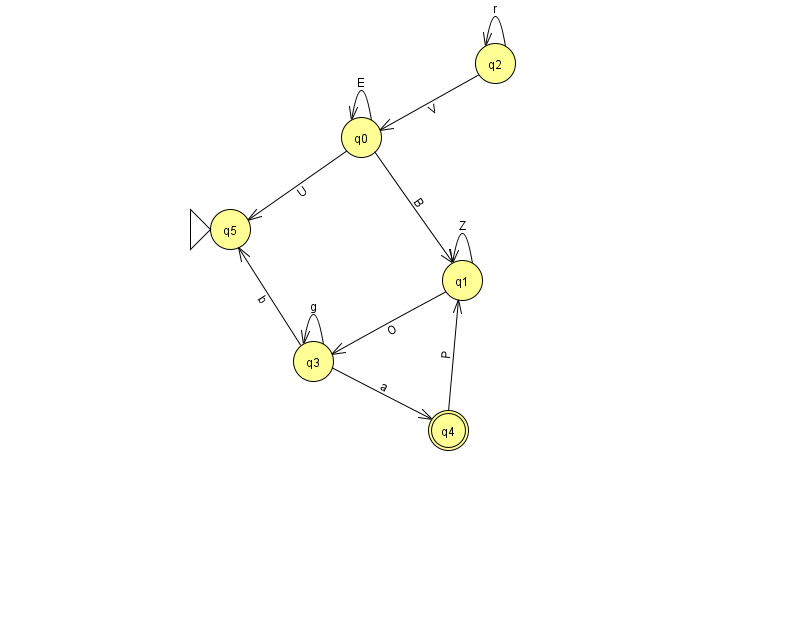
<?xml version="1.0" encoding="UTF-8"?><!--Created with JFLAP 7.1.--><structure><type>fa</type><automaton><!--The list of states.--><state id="0" name="q0"><x>361.0</x><y>124.0</y></state><state id="1" name="q1"><x>462.0</x><y>267.0</y></state><state id="2" name="q2"><x>495.0</x><y>50.0</y></state><state id="3" name="q3"><x>313.0</x><y>348.0</y></state><state id="4" name="q4"><x>448.0</x><y>417.0</y><final/></state><state id="5" name="q5"><x>230.0</x><y>216.0</y><initial/></state><!--The list of transitions.--><transition><from>0</from><to>1</to><read>B</read></transition><transition><from>2</from><to>2</to><read>r</read></transition><transition><from>0</from><to>5</to><read>U</read></transition><transition><from>2</from><to>0</to><read>V</read></transition><transition><from>0</from><to>0</to><read>E</read></transition><transition><from>3</from><to>5</to><read>b</read></transition><transition><from>3</from><to>3</to><read>g</read></transition><transition><from>1</from><to>1</to><read>Z</read></transition><transition><from>1</from><to>3</to><read>O</read></transition><transition><from>3</from><to>4</to><read>a</read></transition><transition><from>4</from><to>1</to><read>P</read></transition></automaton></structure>